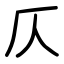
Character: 仄